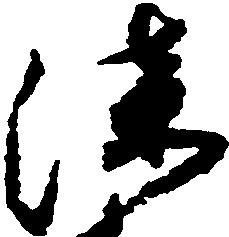
漆